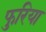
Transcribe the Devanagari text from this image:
फुरिया